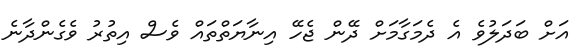
އަށް ބަދަލުވެ އެ ދެމަގާމަށް ދޭން ޖެހޭ އިނާޔަތްތައް ވެސް އިތުރު ވެގެންދާނެ